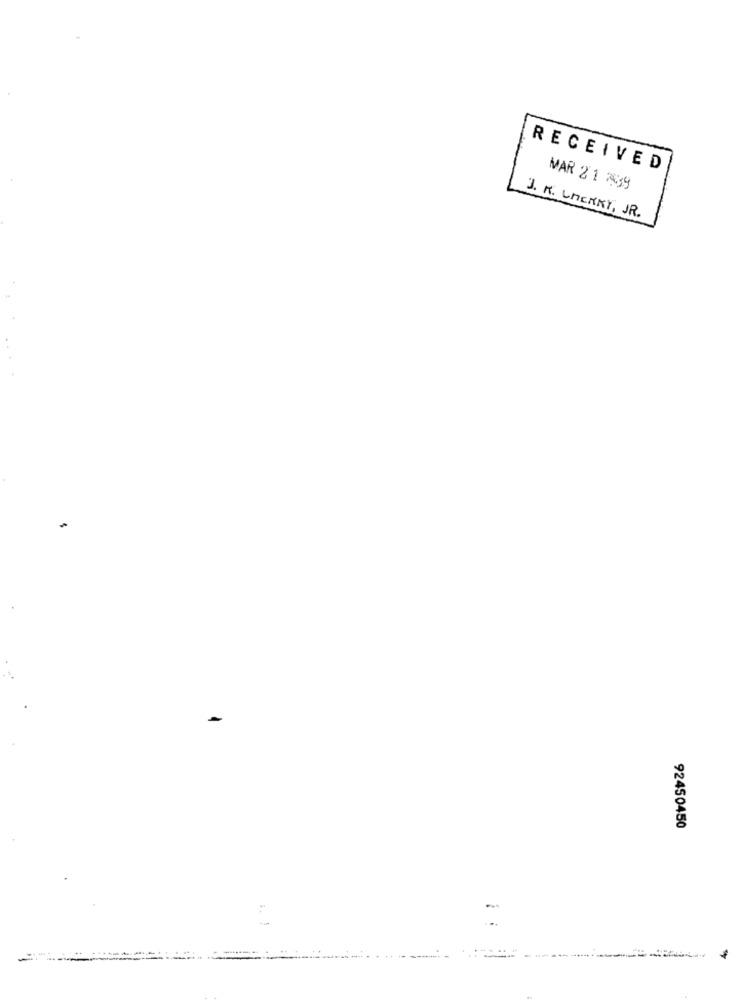
RECEIVED
MAR 21 39
J. K. LACRKY, JR.
92450450
----------